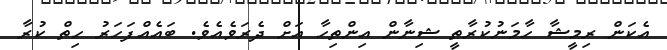
އެކަން ރިމީޝާ ހާމަނުކުރާތީ ޝިނާން އިންތިހާ އަށް ދެރަވެއެވެ. ބައެއްފަހަރު ހިތް ކުރާ